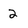
Character: 2